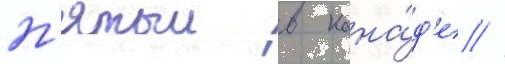
п'ятыи в кана́д'е //